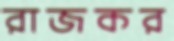
রাজকর